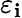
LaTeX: \varepsilon_{\mathbf{i}}